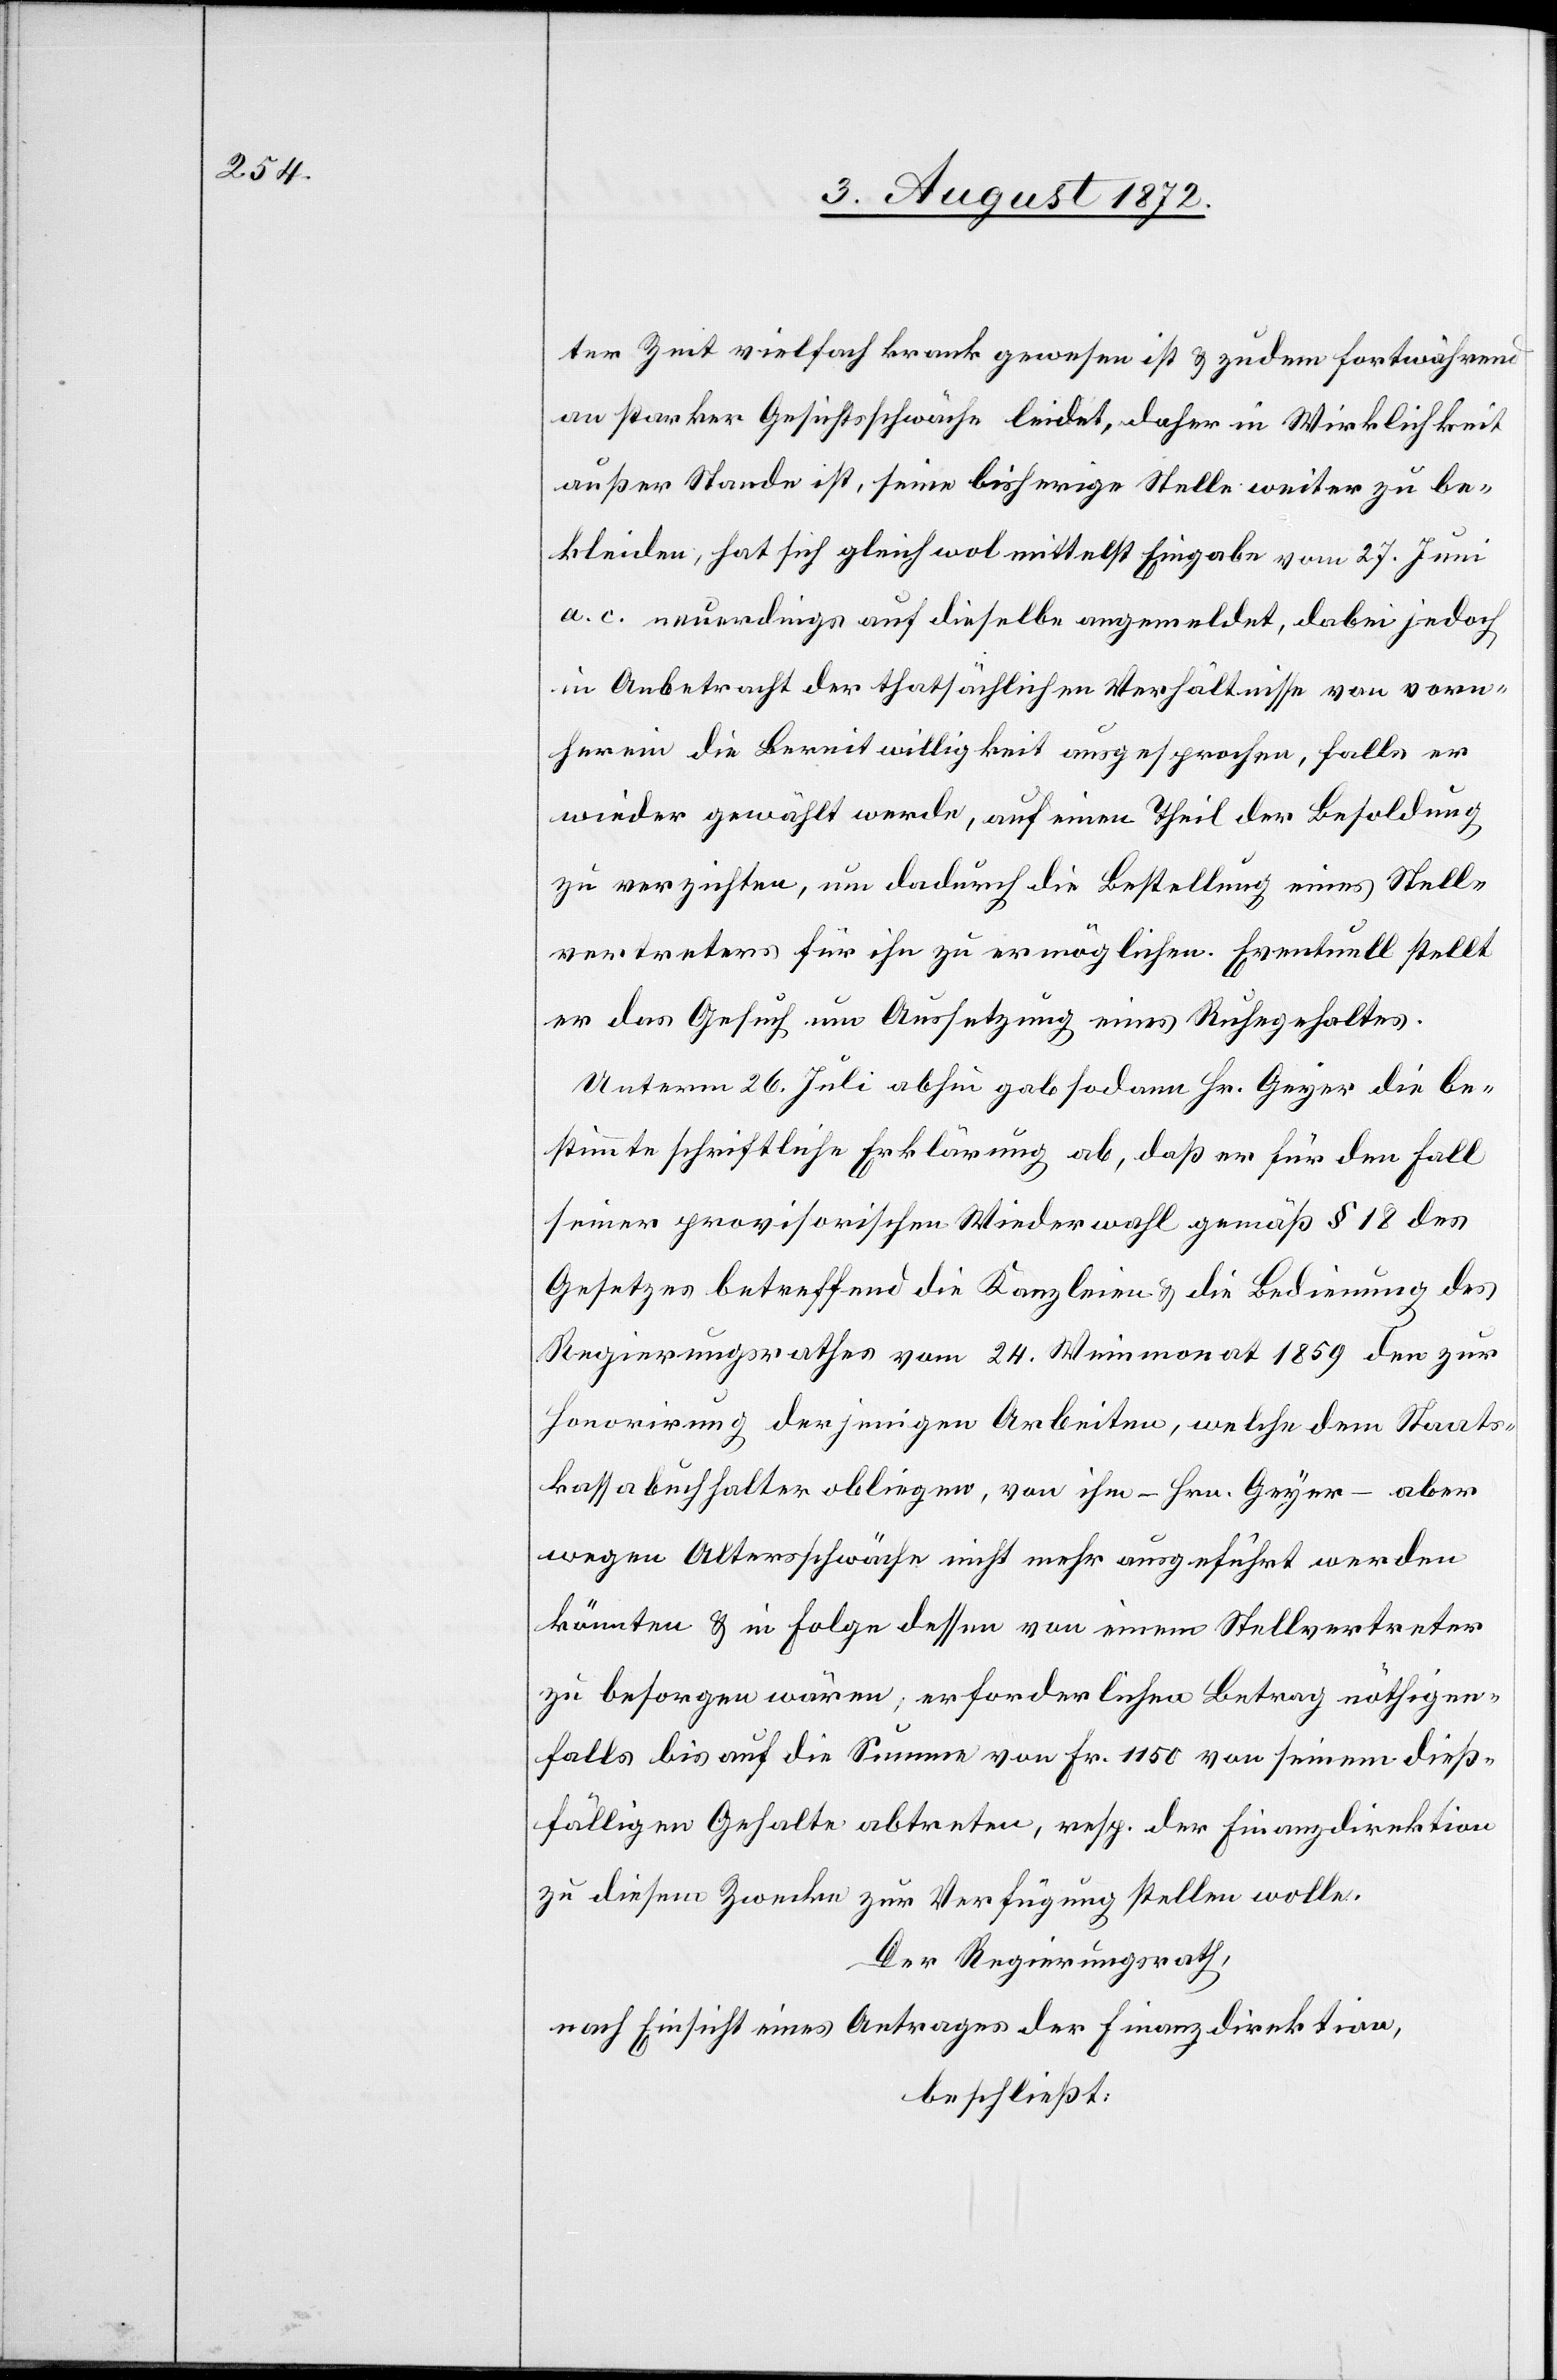
ter Zeit vielfach krank gewesen ist u. zudem fortwährend
an starker Gesichtsschwäche leidet, daher in Wirklichkeit
außer Stande ist, seine bisherige Stelle weiter zu be¬
kleiden, hat sich gleichwol mittelst Eingabe vom 27. Juni
a. c. neuerdings auf dieselbe angemeldet, dabei jedoch
in Anbetracht der thatsächlichen Verhältnisse von vorn¬
herein die Bereitwilligkeit ausgesprochen, falls er
wieder gewählt werde, auf einen Theil der Besoldung
zu verzichten, um dadurch die Bestellung eines Stell¬
vertreters für ihn zu ermöglichen. Eventuell stellt
er das Gesuch um Aussetzung eines Ruhegehaltes.
Unterm 26. Juli abhin gab sodann Hr. Geyer die be¬
stimmte schriftliche Erklärung ab, daß er für den Fall
seiner provisorischen Wiederwahl gemäß § 18 des
Gesetzes betreffend die Kanzleien u. die Bedienung des
Regierungsrathes vom 24. Weinmonat 1859 der zur
Honorirung derjenigen Arbeiten, welche dem Staats¬
kassabuchhalter obliegen, von ihm – Hrn. Geyer – aber
wegen Altersschwäche nicht mehr ausgeführt werden
könnten u. in Folge dessen von einem Stellvertreter
zu besorgen wären, erforderlichen Betrag nöthigen¬
falls bis auf die Summe von Fr. 1150 von seinem dieß¬
fälligen Gehalte abtreten, resp. der Finanzdirektion
zu diesem Zwecke zur Verfügung stellen wolle.
Der Regierungsrath,
nach Einsicht eines Antrages der Finanzdirektion,
beschließt: